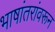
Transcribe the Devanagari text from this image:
भाषांतरांवरून